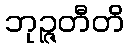
ဘုဉ္ဇတီတိ